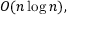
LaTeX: O ( n \log n ) ,